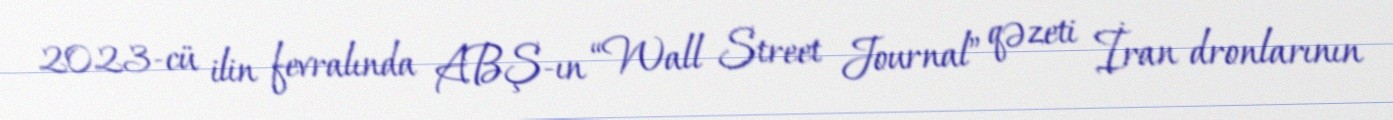
2023-cü ilin fevralında ABŞ-ın “Wall Street Journal” qəzeti İran dronlarının